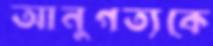
আনুগত্যকে